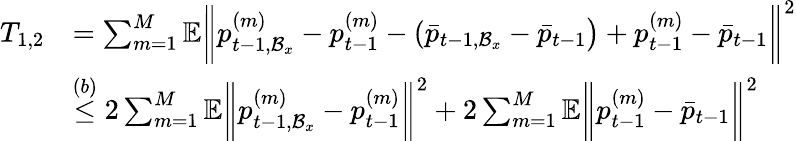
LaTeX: \begin{array}{rl}{T_{1,2}}&{=\sum_{m=1}^{M}\mathbb{E}\bigg\| p_{t-1,\mathcal{B}_{x}}^{(m)}-p_{t-1}^{(m)}-(\bar{p}_{t-1,\mathcal{B}_{x}}-\bar{p}_{t-1}\big)+p_{t-1}^{(m)}-\bar{p}_{t-1}\bigg\| ^{2}}\\ &{\overset{(b)}{\leq}2\sum_{m=1}^{M}\mathbb{E}\bigg\| p_{t-1,\mathcal{B}_{x}}^{(m)}-p_{t-1}^{(m)}\bigg\| ^{2}+2\sum_{m=1}^{M}\mathbb{E}\bigg\| p_{t-1}^{(m)}-\bar{p}_{t-1}\bigg\| ^{2}}\end{array}